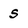
Character: S